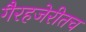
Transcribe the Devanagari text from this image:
गैरहजेरीतच